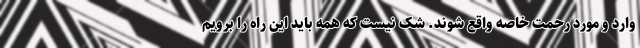
وارد و مورد رحمت خاصه واقع شوند. شک نیست که همه باید این راه را برویم